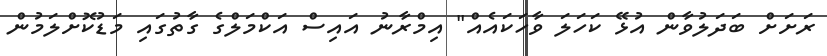
ރަށަށް ބަދަލުވާން އުޅޭ ކަހަލަ ވާހަކައެއް" އިމްރާނު އައިސް އަކްމަލްގެ ގާތުގައި މަޑުކޮށްލަމުން